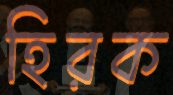
হিরক